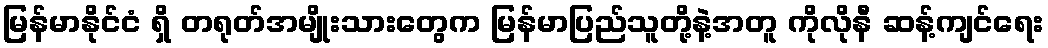
မြန်မာနိုင်ငံ ရှိ တရုတ်အမျိုးသားတွေက မြန်မာပြည်သူတို့နဲ့အတူ ကိုလိုနီ ဆန့်ကျင်ရေး